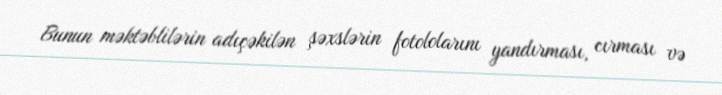
Bunun məktəblilərin adıçəkilən şəxslərin fotololarını yandırması, cırması və